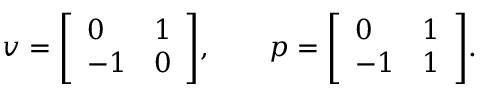
v = { \left[ \begin{array} { l l } { 0 } & { 1 } \\ { - 1 } & { 0 } \end{array} \right] } , \qquad p = { \left[ \begin{array} { l l } { 0 } & { 1 } \\ { - 1 } & { 1 } \end{array} \right] } .